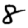
Digit: 8